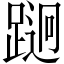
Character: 𲃵